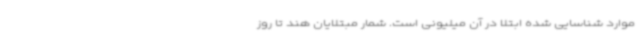
موارد شناسایی شده ابتلا در آن میلیونی است. شمار مبتلایان هند تا روز